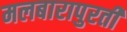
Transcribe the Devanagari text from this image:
मलबारापुरती